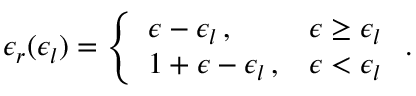
\epsilon _ { r } ( \epsilon _ { l } ) = \left\{ \begin{array} { l l } { \epsilon - \epsilon _ { l } \, , } & { \epsilon \geq \epsilon _ { l } } \\ { 1 + \epsilon - \epsilon _ { l } \, , } & { \epsilon < \epsilon _ { l } } \end{array} \right. .